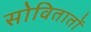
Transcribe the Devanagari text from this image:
सोवितातों